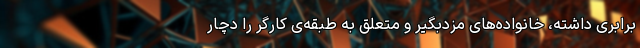
برابری داشته، خانواده‌های مزدبگیر و متعلق به طبقه‌ی کارگر را دچار